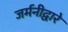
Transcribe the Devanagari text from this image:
जर्मनीद्वारे